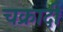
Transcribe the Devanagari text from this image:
चक्रादी